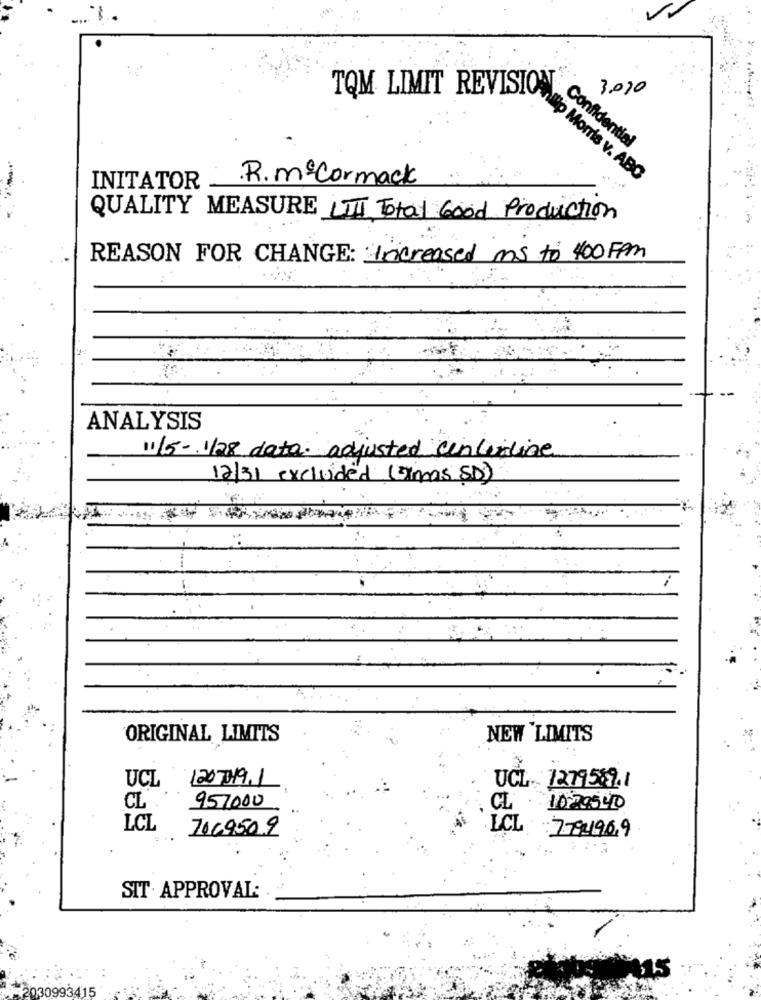
3.000
TQM LIMIT REVISION-Confident
.R.mª Cormack
#p Morris v. ABC
INITATOR
QUALITY MEASURE LI Total Good Production
REASON FOR CHANGE: Increased ms to 400FPm
ANALYSIS
11/5- 1/28 data. adjusted centerline
12/31 excluded (Jimas SD)
ORIGINAL LIMITS
NEW 'LIMITS
UCL 1207019.1
UCL 7279559.1
CL 957000
CL 10-20540
LCL
7069509
LCL 7741969
SIT . APPROVAL:
2030993415